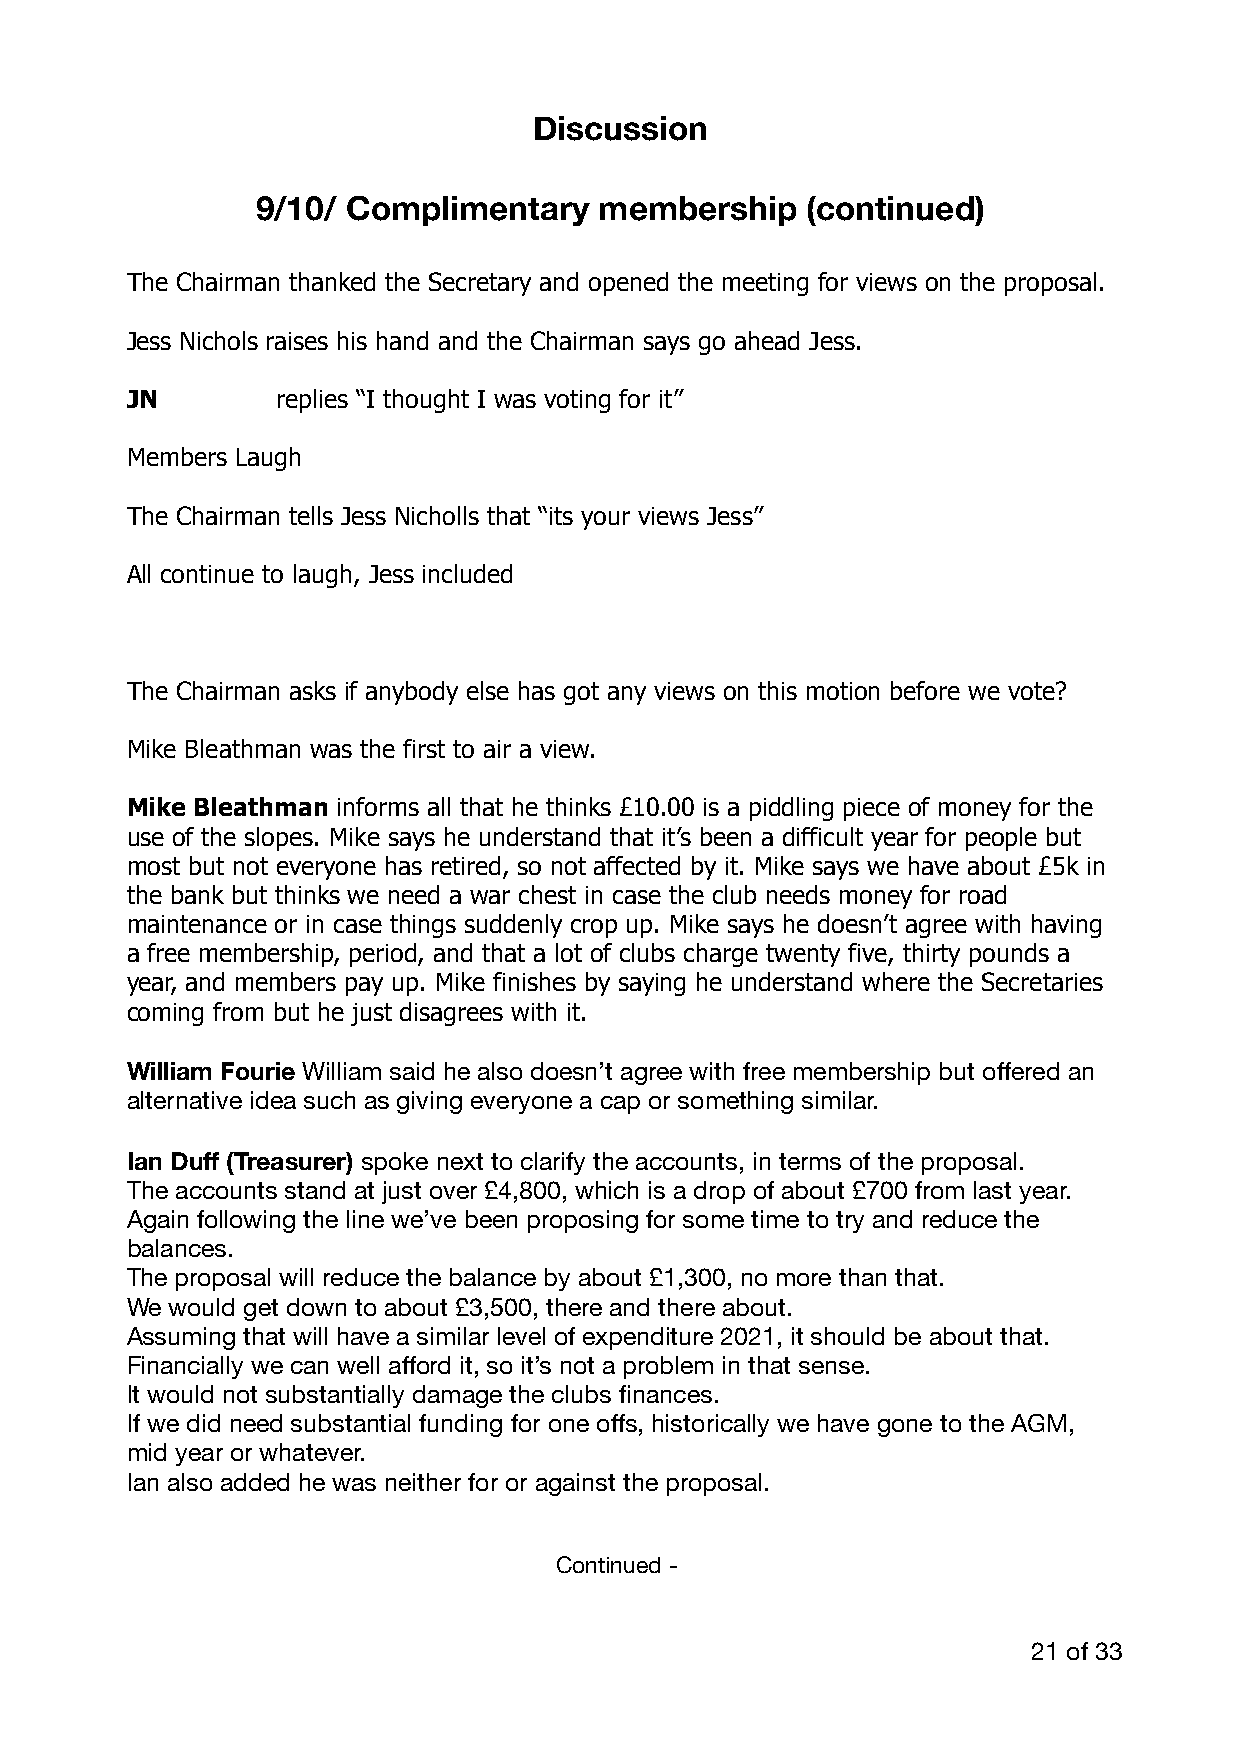
Discussion
 9/10/ Complimentary    membership   (continued)
 The Chairman thanked the Secretary and opened the meeting for views on the proposal.
 Jess Nichols raises his hand and the Chairman says go ahead Jess.
 JN        replies “I thought I was voting for it”
 Members Laugh
 The Chairman tells Jess Nicholls that “its your views Jess”
 All continue to laugh, Jess included
 The Chairman asks if anybody else has got any views on this motion before we vote?
 Mike Bleathman was the first to air a view.
 Mike Bleathman informs all that he thinks £10.00 is a piddling piece of money for the
 use of the slopes. Mike says he understand that it’s been a difficult year for people but
 most but not everyone has retired, so not affected by it. Mike says we have about £5k in
 the bank but thinks we need a war chest in case the club needs money for road
 maintenance or in case things suddenly crop up. Mike says he doesn’t agree with having
 a free membership, period, and that a lot of clubs charge twenty five, thirty pounds a
 year, and members pay up. Mike finishes by saying he understand where the Secretaries
 coming from but he just disagrees with it.
 William Fourie William said he also doesn’t agree with free membership but offered an
 alternative idea such as giving everyone a cap or something similar.
 Ian Duff (Treasurer) spoke next to clarify the accounts, in terms of the proposal.
 The accounts stand at just over £4,800, which is a drop of about £700 from last year.
 Again following the line we’ve been proposing for some time to try and reduce the
 balances.
 The proposal will reduce the balance by about £1,300, no more than that.
 We would get down to about £3,500, there and there about.
 Assuming that will have a similar level of expenditure 2021, it should be about that.
 Financially we can well afford it, so it’s not a problem in that sense.
 It would not substantially damage the clubs finances.
 If we did need substantial funding for one offs, historically we have gone to the AGM,
 mid year or whatever.
 Ian also added he was neither for or against the proposal.
 Continued -
 21 of 33